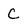
Character: C